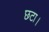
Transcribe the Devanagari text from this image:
छटा।